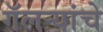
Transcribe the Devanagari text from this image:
गॅलऱ्यांचे